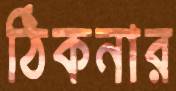
ঠিকনার